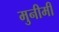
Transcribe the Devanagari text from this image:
मुनीमी